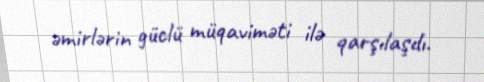
əmirlərin güclü müqaviməti ilə qarşılaşdı.